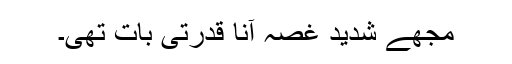
مجھے شدید غصہ آنا قدرتی بات تھی۔